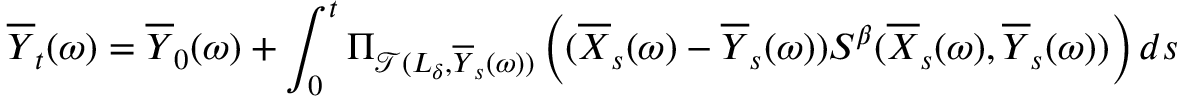
\overline { Y } _ { t } ( \omega ) = \overline { Y } _ { 0 } ( \omega ) + \int _ { 0 } ^ { t } \Pi _ { \mathcal { T } ( L _ { \delta } , \overline { Y } _ { s } ( \omega ) ) } \left( ( \overline { X } _ { s } ( \omega ) - \overline { Y } _ { s } ( \omega ) ) S ^ { \beta } ( \overline { X } _ { s } ( \omega ) , \overline { Y } _ { s } ( \omega ) ) \right) d s